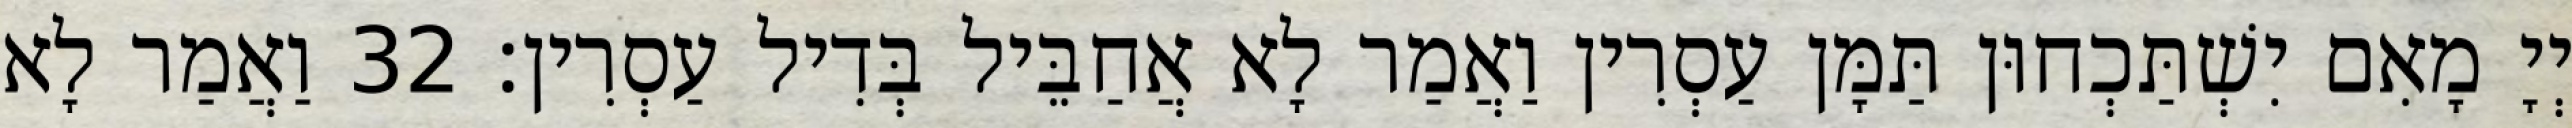
יְיָ מָאִם יִשְׁתַּכְחוּן תַּמָּן עַסְרִין וַאֲמַר לָא אֲחַבֵּיל בְּדִיל עַסְרִין׃ 32 וַאֲמַר לָא